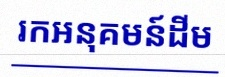
រកអនុគមន៍ដើម